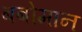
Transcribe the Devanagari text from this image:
बबोमान